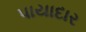
પાયાદાર